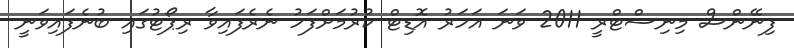
ފިނޭންސް މިނިސްޓްރީ 2011 ވަނަ އަހަރު އޮޑިޓް ކުރުމަށްފަހު ނެރެފައިވާ ރިޕޯޓުގައި ބުނެފައިވަނީ